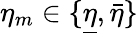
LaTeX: \eta_{m}\in\{ \underline{{\eta}},{\bar{\eta}}\}